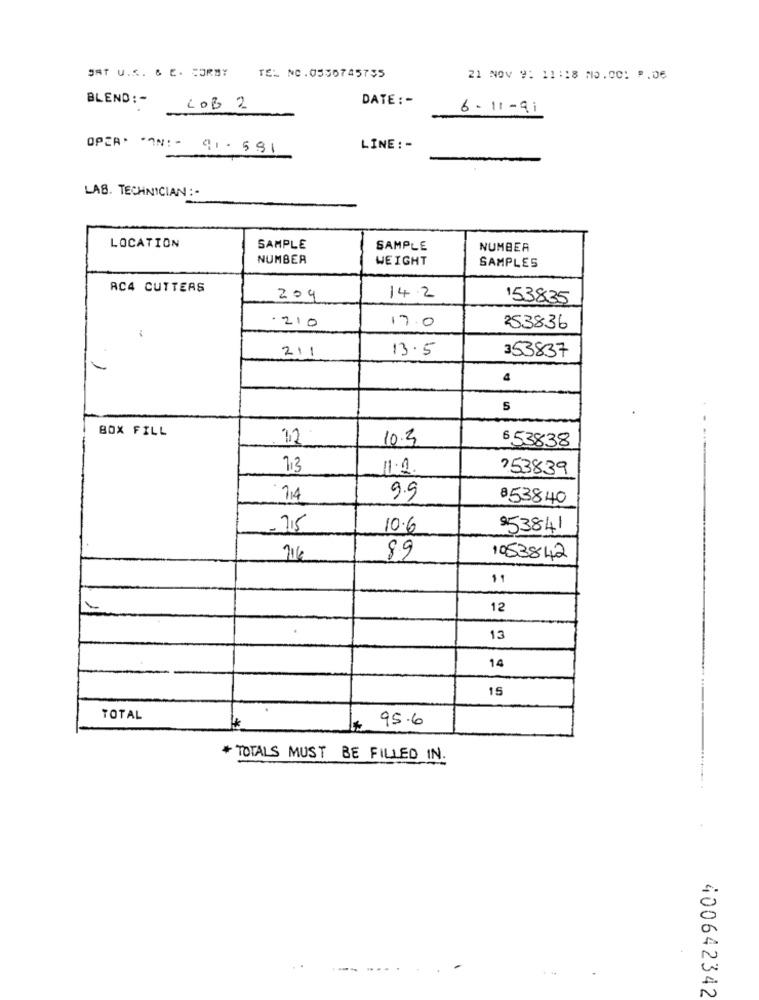
SAT U.S. & E. SORMY TEL NC.0550745735
21 NOV 9: 11:18 NO.00: P.06
BLEND: -
DATE : -
LOB 2
6-11-91
OPEA* * AN :- 41-591
LINE: -
LAS. TECHNICIAN :-
LOCATION
SAMPLE
SAMPLE
NUMBER
NUMBER
WEIGHT
SAMPLES
AC4 CUTTERS
14.2
209
153835
17.0
·210
253836
13.5
353837
211
4
5
BOX FILL
10.3
6 53838
7.3
11.2.
753839
714
9.9
853840
.715
10.6
953841
716
89
1053842
12
13
14
15
TOTAL
95.6
* TOTALS MUST BE FILLED IN.
---
..
400642342